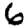
Digit: 6